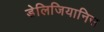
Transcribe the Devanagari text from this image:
डेलिजियानिस